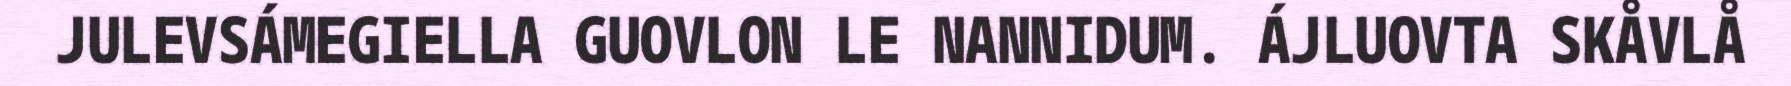
JULEVSÁMEGIELLA GUOVLON LE NANNIDUM. ÁJLUOVTA SKÅVLÅ